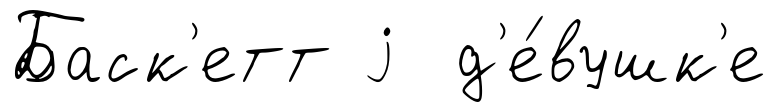
Баск'етт j д'е́вушк'е